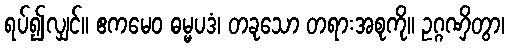
ရပ်၍လျှင်။ ဧကမေဝ ဓမ္မပဒံ၊ တခုသော တရားအစုကို။ ဥဂ္ဂဏှိတွာ၊